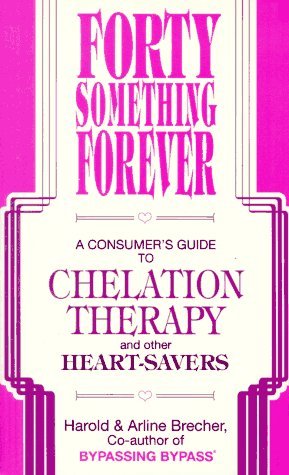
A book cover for Forty Something Forever - A Consumer's Guide to Chelation Therapy; Harold Brecher; Health, Fitness & Dieting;